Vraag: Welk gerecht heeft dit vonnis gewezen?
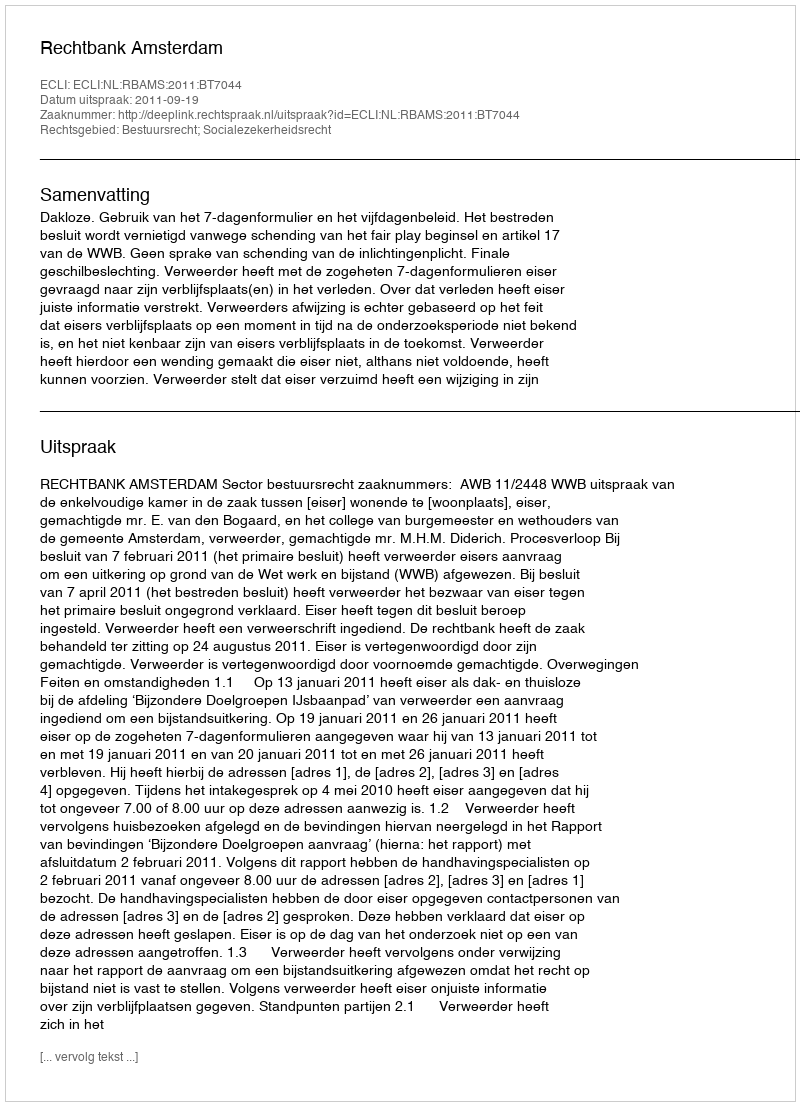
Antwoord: Rechtbank Amsterdam